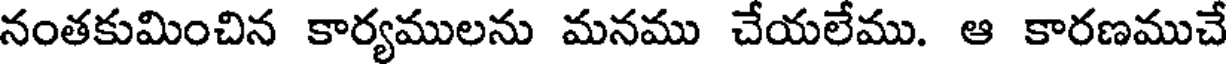
నంతకుమించిన కార్యములను మనము చేయలేము. ఆ కారణముచే